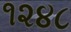
૧૨૪૮